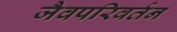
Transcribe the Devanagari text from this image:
जैवपरिवर्तन